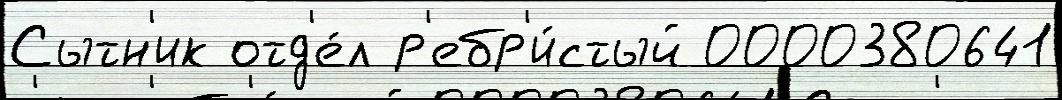
Сытн'ик отд'е́л р'ебр'и́стый 0000380641